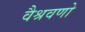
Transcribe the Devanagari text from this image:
वैश्रवणो